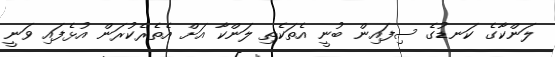
ލަންކާގެ ކަނޑުގެ ސިފައިން ބުނީ އެތަކެތި ލަންކާ އަށް އެތެރެކުރަން އުޅެފައި ވަނީ